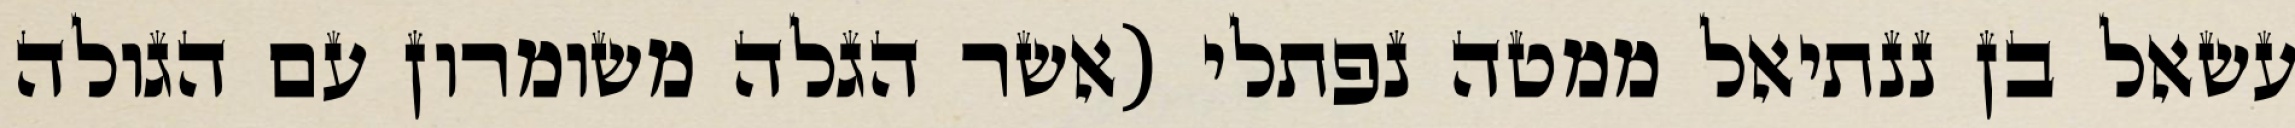
עשאל בן ננתיאל ממטה נפתלי (אשר הגלה משומרון עם הגולה